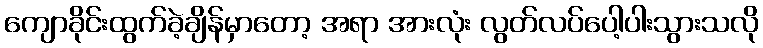
ကျောခိုင်းထွက်ခဲ့ချိန်မှာတော့ အရာ အားလုံး လွတ်လပ်ပေါ့ပါးသွားသလို